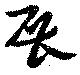
展